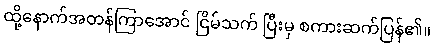
ထို့နောက်အတန်ကြာအောင် ငြိမ်သက် ပြီးမှ စကားဆက်ပြန်၏။